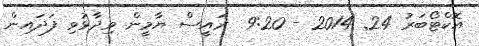
އޮކްޓޯބަރު 24